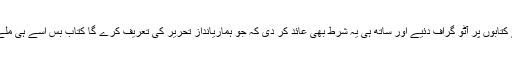
ہم نے کتابوں پر آٹو گراف دئیے اور ساتھ ہی یہ شرط بھی عائد کر دی کہ جو ہماریانداز تحریر کی تعریف کرے گا کتاب بس اسے ہی ملے گی۔